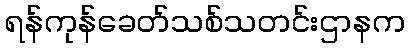
ရန်ကုန်ခေတ်သစ်သတင်းဌာနက